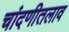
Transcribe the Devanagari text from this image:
चांदणीतलाव